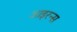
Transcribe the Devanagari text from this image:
आइरन्स